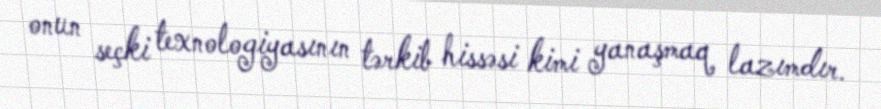
onun seçki texnologiyasının tərkib hissəsi kimi yanaşmaq lazımdır.